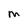
Character: M